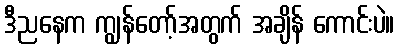
ဒီညနေက ကျွန်တော့်အတွက် အချိန် ကောင်းပဲ။